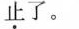
止了。